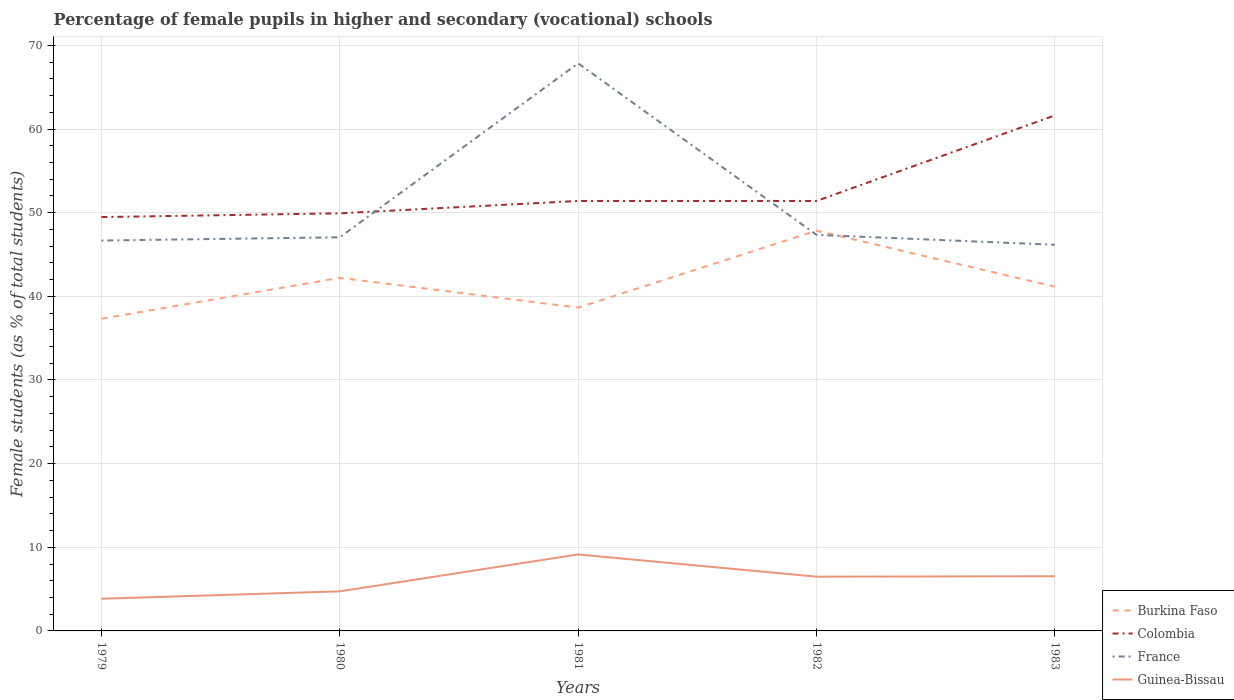
| Years | Burkina Faso | Colombia | France | Guinea-Bissau |
 | --- | --- | --- | --- | --- |
 | 1979 | 37.3 | 49.5 | 46.7 | 3.85 |
 | 1980 | 42.2 | 49.9 | 47.1 | 4.73 |
 | 1981 | 38.7 | 51.4 | 67.9 | 9.14 |
 | 1982 | 47.9 | 51.4 | 47.3 | 6.49 |
 | 1983 | 41.1 | 61.6 | 46.2 | 6.54 |